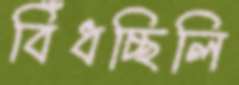
বিঁধচ্ছিলি